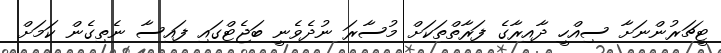
ޓީޗަރުންނަށާ ސިއްހީ ދާއިރާގެ ފަރާތްތަކަށް މުސާރަ ނުދެވެނީ ބަޖެޓްގައި ފައިސާ ނެތިގެން ކަމަށް